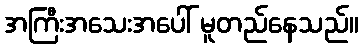
အကြီးအသေးအပေါ် မူတည်နေသည်။